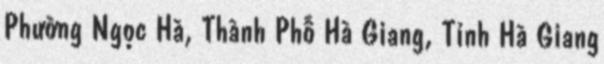
Phường Ngọc Hà, Thành Phố Hà Giang, Tỉnh Hà Giang